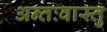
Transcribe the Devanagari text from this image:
अन्तःवास्तु